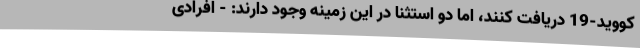
کووید-19 دریافت کنند، اما دو استثنا در این زمینه وجود دارند: - افرادی